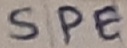
Text: SPE